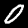
Digit: 0